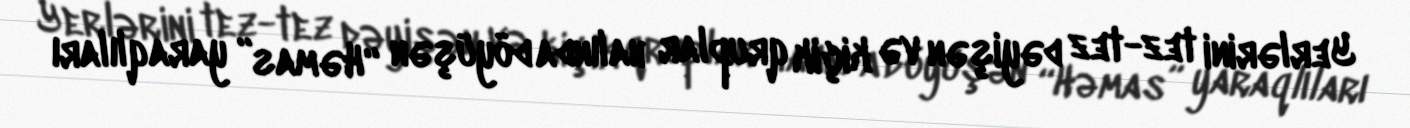
Yerlərini tez-tez dəyişən və kiçik qruplar halında döyüşən “Həmas” yaraqlıları